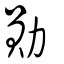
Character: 勳